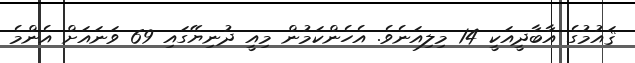
ޤައުމުގެ އާބާދީއަކީ 14 މިލިއަނެވެ. އެހެންކަމުން މިއީ ދުނިޔޭގައި 69 ވަނައަށް އެންމެ